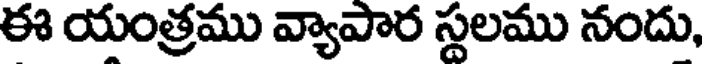
ఈ యంత్రము వ్యాపార స్థలము నందు,